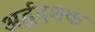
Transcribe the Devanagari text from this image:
अर्द्धदशक